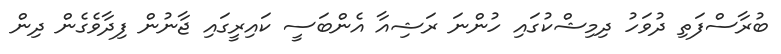
ބުރާސްފަތި ދުވަހު ދިމިޝްކުގައި ހުންނަ ރަޝިއާ އެންބަސީ ކައިރީގައި ޖާނުން ފިދާވެގެން ދިން